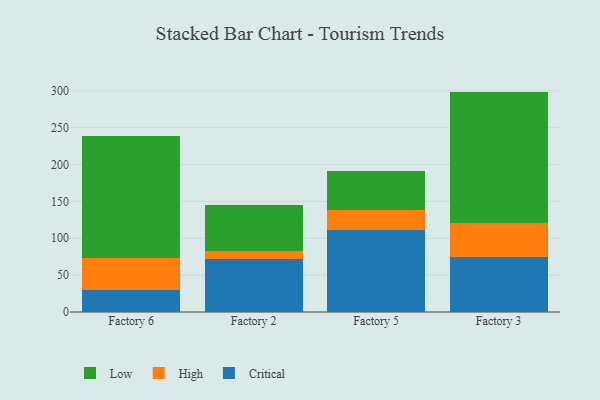
{"axis": {"x": "Factory", "y": "Tickets Resolved"}, "legend": ["Critical", "High", "Low"], "data": [{"x": "Factory 6", "y": 29.2, "type": "Critical"}, {"x": "Factory 6", "y": 43.9, "type": "High"}, {"x": "Factory 6", "y": 165.4, "type": "Low"}, {"x": "Factory 2", "y": 72.3, "type": "Critical"}, {"x": "Factory 2", "y": 11.0, "type": "High"}, {"x": "Factory 2", "y": 61.9, "type": "Low"}, {"x": "Factory 5", "y": 111.3, "type": "Critical"}, {"x": "Factory 5", "y": 27.0, "type": "High"}, {"x": "Factory 5", "y": 53.1, "type": "Low"}, {"x": "Factory 3", "y": 74.6, "type": "Critical"}, {"x": "Factory 3", "y": 45.5, "type": "High"}, {"x": "Factory 3", "y": 178.9, "type": "Low"}]}